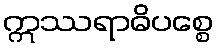
ဣဿရာဓိပစ္စေ